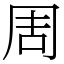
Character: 周